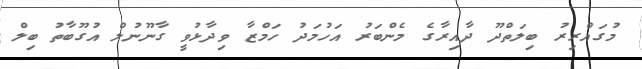
މުގައްރިރު ބިލަތްދޫ ދާއިރާގެ މެންބަރު އަހުމަދު ހަމްޒާ ވިދާޅުވީ ގާނޫނުލް އުގޫބާތު ބިލް